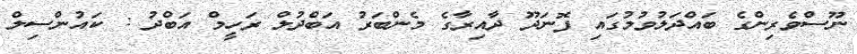
ނޫސްވެރިންގެ ބައްދަލުވުމުގައި ފޮނަދޫ ދާއިރާގެ މެންބަރު އަބްދުލް ރަހީމް އަބްދު : ކައުންސިލް